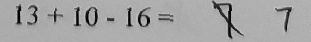
1 3 + 1 0 - 1 6 = 7